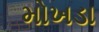
મોખડા